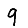
Digit: 9